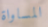
المساواة